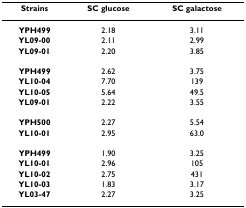
<table><thead><tr><td><b>Strains</b></td><td><b>SC glucose</b></td><td><b>SC galactose</b></td></tr></thead><tbody><tr><td><b>YPH499</b></td><td>2.18</td><td>3.11</td></tr><tr><td><b>YL09-00</b></td><td>2.11</td><td>2.99</td></tr><tr><td><b>YL09-01</b></td><td>2.20</td><td>3.85</td></tr><tr><td><b>YPH499</b></td><td>2.62</td><td>3.75</td></tr><tr><td><b>YL10-04</b></td><td>7.70</td><td>139</td></tr><tr><td><b>YL10-05</b></td><td>5.64</td><td>49.5</td></tr><tr><td><b>YL09-01</b></td><td>2.22</td><td>3.55</td></tr><tr><td><b>YPH500</b></td><td>2.27</td><td>5.54</td></tr><tr><td><b>YL10-01</b></td><td>2.95</td><td>63.0</td></tr><tr><td><b>YPH499</b></td><td>1.90</td><td>3.25</td></tr><tr><td><b>YL10-01</b></td><td>2.96</td><td>105</td></tr><tr><td><b>YL10-02</b></td><td>2.75</td><td>431</td></tr><tr><td><b>YL10-03</b></td><td>1.83</td><td>3.17</td></tr><tr><td><b>YL03-47</b></td><td>2.27</td><td>3.25</td></tr></tbody></table>